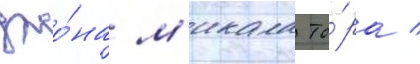
джо́на м'икала то́ра /